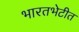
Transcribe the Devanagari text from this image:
भारतभेटीत